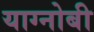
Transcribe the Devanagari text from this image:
याग्नोबी